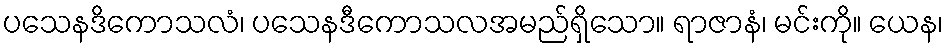
ပသေနဒိကောသလံ၊ ပသေနဒီကောသလအမည်ရှိသော။ ရာဇာနံ၊ မင်းကို။ ယေန၊